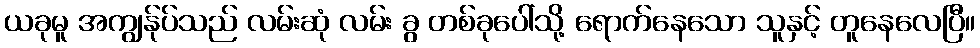
ယခုမူ အကျွန်ုပ်သည် လမ်းဆုံ လမ်း ခွ တစ်ခုပေါ်သို့ ရောက်နေသော သူနှင့် တူနေလေပြီ။